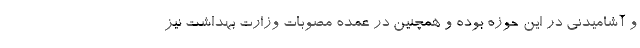
و آشامیدنی در این حوزه بوده و همچنین در عمده مصوبات وزارت بهداشت نیز